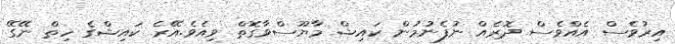
އިރުވެސް އެއްވެސް ދޮރެއް ނުފެނުމުން ކައިޝް މާޔޫސްވާގޮތް ވިއެވެ.އޭރެ ކައިޝްގެ ހިތް ނޭގޭ